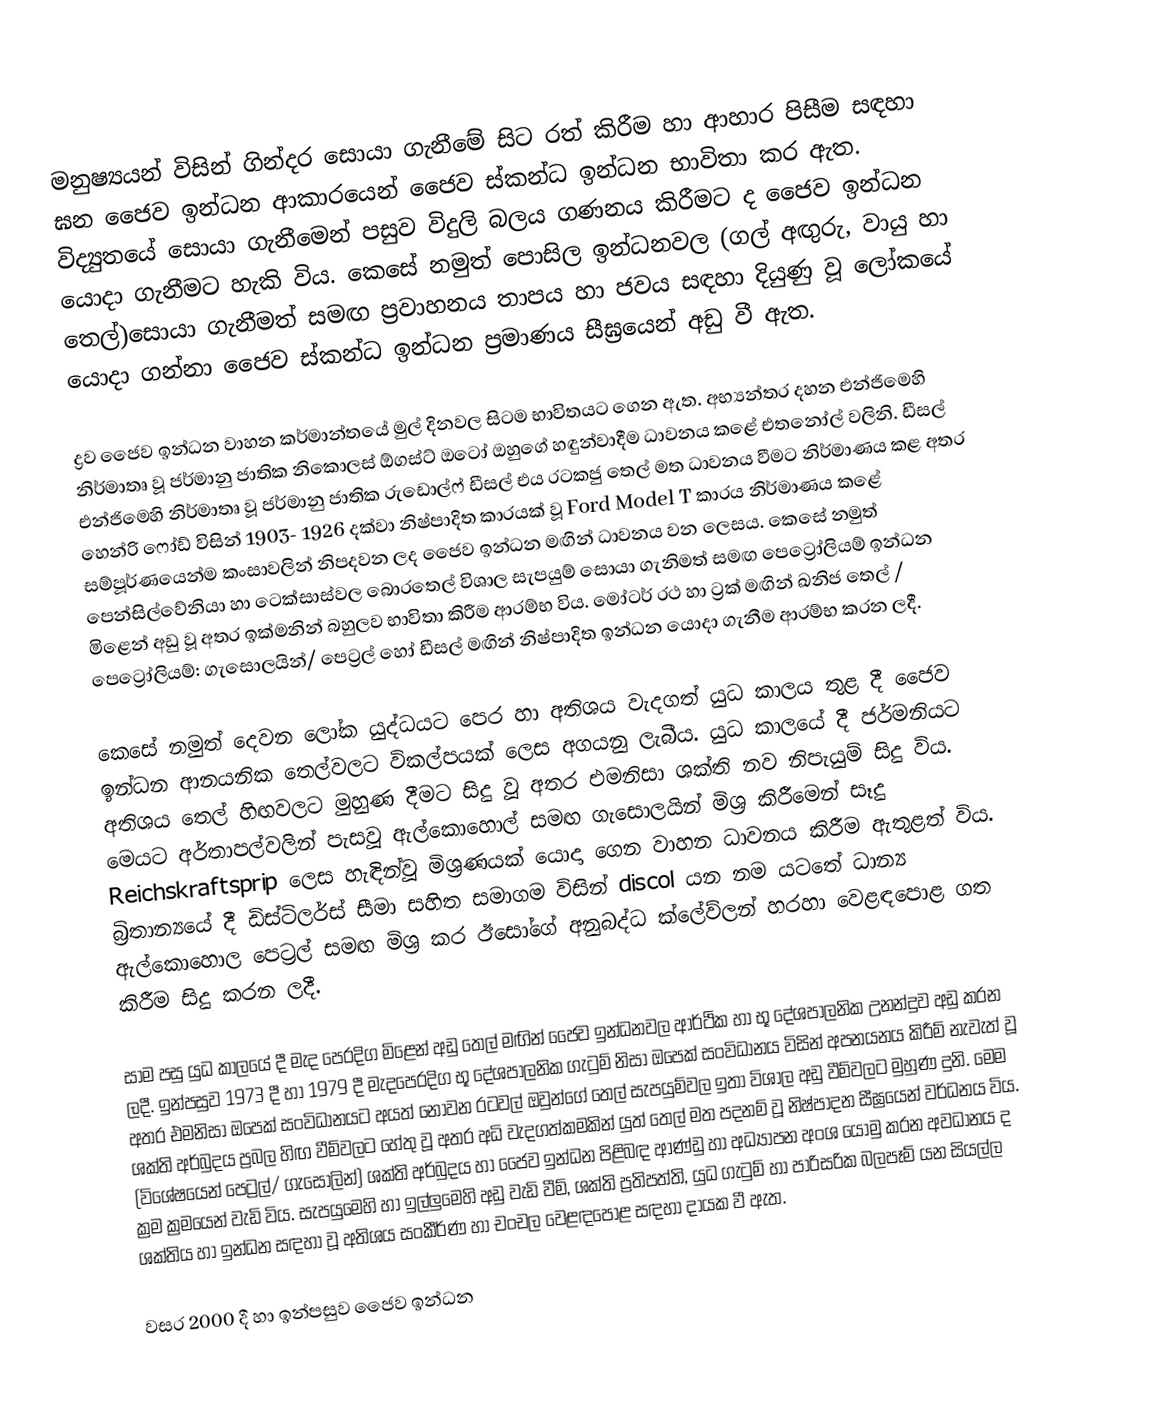
මනුෂ්‍යයන් විසින් ගින්දර සොයා ගැනීමේ සිට රත් කිරීම හා ආහාර පිසීම සඳහා ඝන ජෛව ඉන්ධන ආකාරයෙන් ජෛව ස්කන්ධ ඉන්ධන භාවිතා කර ඇත. විද්‍යුතයේ සොයා ගැනීමෙන් පසුව විදුලි බලය ගණනය කිරීමට ද ජෛව ඉන්ධන යොදා ගැනීමට හැකි විය. කෙසේ නමුත් පොසිල ඉන්ධනවල (ගල් අඟුරු, වායු හා තෙල්)සොයා ගැනීමත් සමඟ ප්‍රවාහනය තාපය හා ජවය සඳහා දියුණු වූ ලෝකයේ යොදා ගන්නා ජෛව ස්කන්ධ ඉන්ධන ප්‍රමාණය සීඝ්‍රයෙන් අඩු වී ඇත.

ද්‍රව ජෛව ඉන්ධන වාහන කර්මාන්තයේ මුල් දිනවල සිටම භාවිතයට ගෙන ඇත. අභ්‍යන්තර දහන එන්ජිමෙහි නිර්මාතෘ වූ ජර්මානු ජාතික නිකොලස් ඕගස්ට් ඔටෝ ඔහුගේ හඳුන්වාදීම ධාවනය කළේ එතනෝල් වලිනි. ඩීසල් එන්ජිමෙහි නිර්මාතෘ වූ ජර්මානු ජාතික රුඩොල්ෆ් ඩීසල් එය රටකජු තෙල් මත ධාවනය වීමට නිර්මාණය කළ අතර හෙන්රි ෆෝඩ් විසින් 1903- 1926 දක්වා නිෂ්පාදිත කාරයක් වූ Ford Model T කාරය නිර්මාණය කළේ සම්පූර්ණයෙන්ම  කංසාවලින් නිපදවන ලද ජෛව ඉන්ධන මඟින් ධාවනය වන ලෙසය. කෙසේ නමුත් පෙන්සිල්වේනියා හා ටෙක්සාස්වල බොරතෙල් විශාල සැපයුම් සොයා ගැනිමත් සමඟ පෙට්‍රෝලියම් ඉන්ධන මිළෙන් අඩු වූ අතර ඉක්මනින් බහුලව භාවිතා කිරීම ආරම්භ විය. මෝටර් රථ හා ට්‍රක් මඟින් ඛනිජ තෙල් / පෙට්‍රෝලියම්: ගැසොලයින්/ පෙට්‍රල් හෝ ඩීසල් මඟින් නිෂ්පාදිත ඉන්ධන යොදා ගැනීම ආරම්භ කරන ලදී.

කෙසේ නමුත් දෙවන ලෝක යුද්ධයට පෙර හා අතිශය වැදගත් යුධ කාලය තුළ දී ජෛව ඉන්ධන ආනයනික තෙල්වලට විකල්පයක් ලෙස අගයනු ලැබීය. යුධ කාලයේ දී ජර්මනියට අතිශය තෙල් හිඟවලට මුහුණ දීමට සිදු වූ අතර එමනිසා ශක්ති නව නිපැයුම් සිදු විය. මෙයට අර්තාපල්වලින් පැසවූ ඇල්කොහොල් සමඟ ගැසොලයින් මිශ්‍ර කිරීමෙන් සෑදු Reichskraftsprip ලෙස හැඳින්වූ මිශ්‍රණයක් යොදා ගෙන වාහන ධාවනය කිරීම ඇතුළත් විය. බ්‍රිතාන්‍යයේ දී ඩිස්ටිලර්ස් සීමා සහිත සමාගම විසින් discol යන නම යටතේ ධාන්‍ය ඇල්කොහොල පෙට්‍රල් සමඟ මිශ්‍ර කර ඊසෝගේ අනුබද්ධ ක්ලේව්ලන් හරහා වෙළඳපොළ ගත කිරීම සිදු කරන ලදී.

සාම පසු යුධ කාලයේ දී මැද පෙරදිග මිළෙන් අඩු තෙල් මඟින් ජෛව ඉන්ධනවල ආර්ථික හා භූ දේශපාලනික උනන්දුව අඩු කරන ලදී. ඉන්පසුව 1973 දී හා 1979 දී මැදපෙරදිග භූ දේශපාලනික ගැටුම් නිසා ඔපෙක් සංවිධානය විසින් අපනයනය කිරීම් නැවැත් වූ අතර එමනිසා ඔපෙක් සංවිධානයට අයත් නොවන රටවල් ඔවුන්ගේ තෙල් සැපයුම්වල ඉතා විශාල අඩු වීම්වලට ‍මුහුණ දුනි. මෙම ශක්ති අර්බුදය ප්‍රබල හිඟ වීම්වලට හේතු වූ අතර අධි වැදගත්කමකින් යුත් තෙල් මත පදනම් වූ නිෂ්පාදන සීඝ්‍රයෙන් වර්ධනය විය. (විශේෂයෙන් පෙට්‍රල්/ ගැසොලින්) ශක්ති අර්බුදය හා ජෛව ඉන්ධන පිළිබඳ ආණ්ඩු හා අධ්‍යාපන අංශ යොමු කරන අවධානය ද ක්‍රම ක්‍රමයෙන් වැඩි විය. සැපයුමෙහි හා ඉල්ලුමෙහි අඩු වැඩි වීම්, ශක්ති ප්‍රතිපත්ති, යුධ ගැටුම් හා පාරිසරික බලපෑම් යන සියල්ල ශක්තිය හා ඉන්ධන සඳහා වූ අතිශය සංකීර්ණ හා චංචල වෙළඳපොළ සඳහා දායක වී ඇත.

වසර 2000 දී හා ඉන්පසුව ජෛව ඉන්ධන